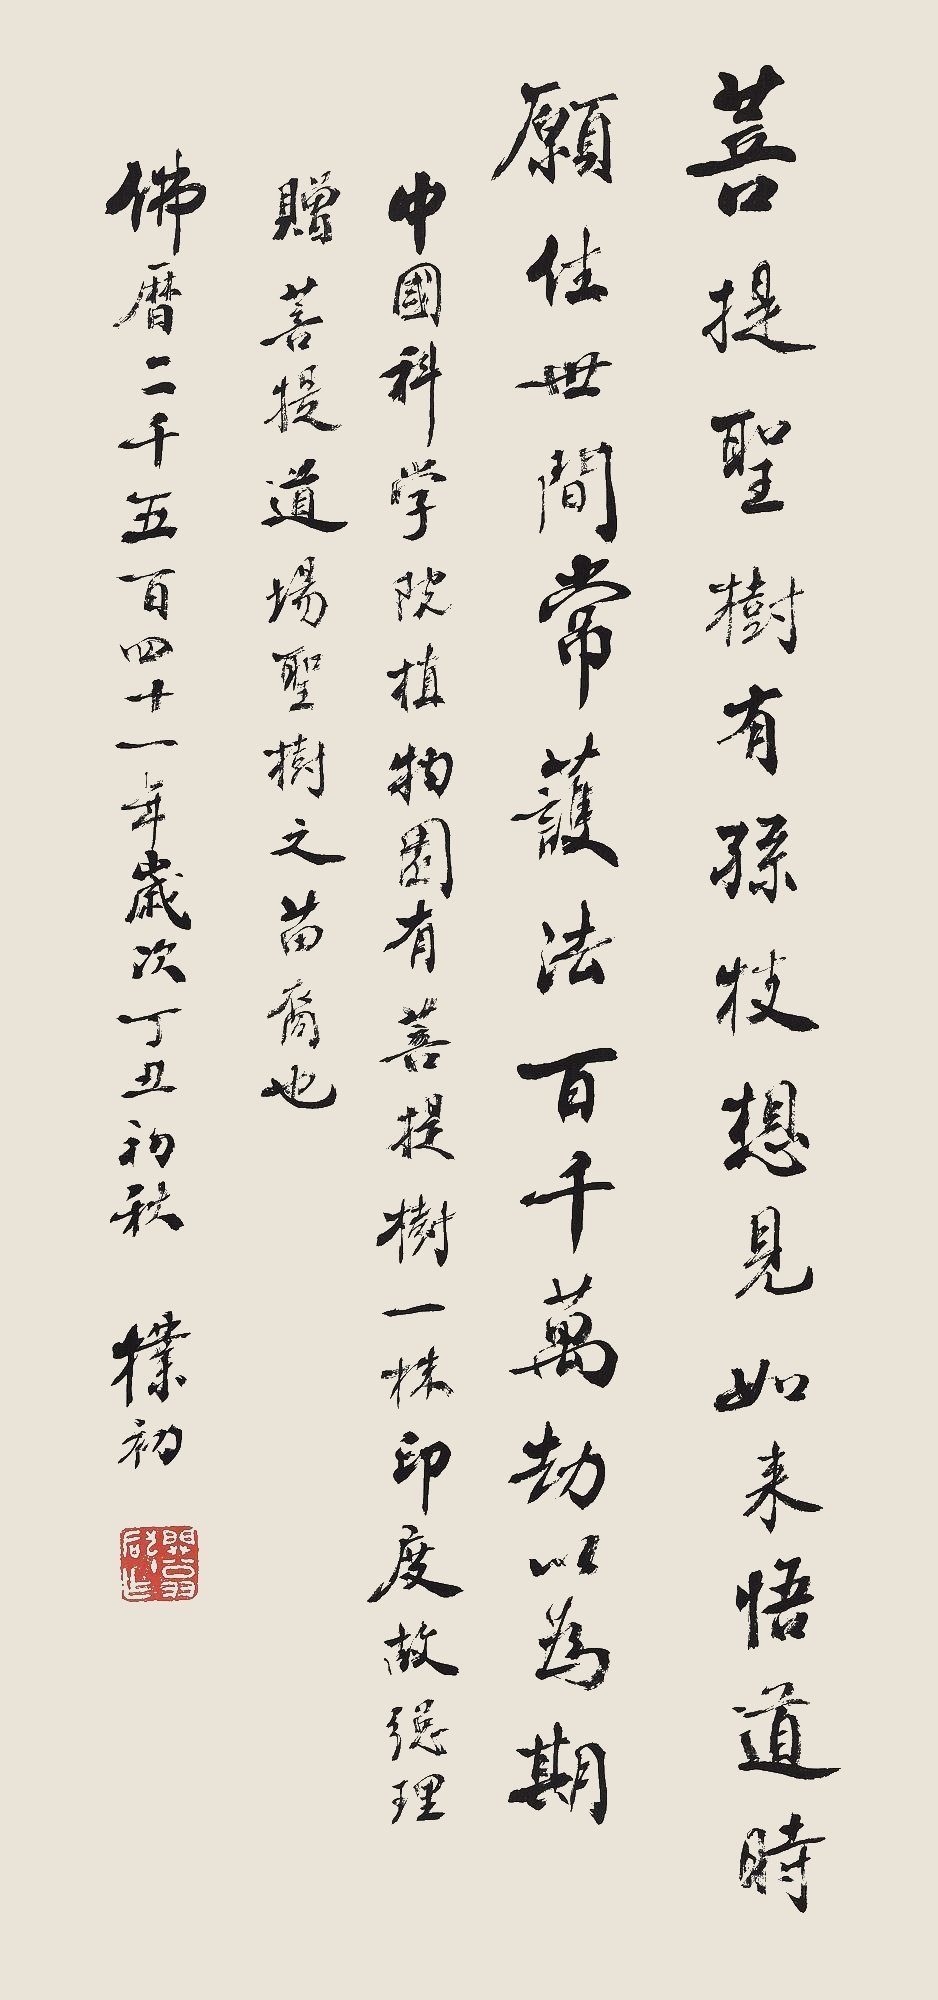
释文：菩提圣树有孙枝，想见如来悟道时。愿住世间常护法，百千万劫以为期。中国科学院植物园有菩提树一株，印度故总理赠菩提道场圣树之苗裔也。佛历二千五百四十一年，岁次丁丑初秋，朴初。